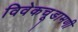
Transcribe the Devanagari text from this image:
विवेकचूडामणी